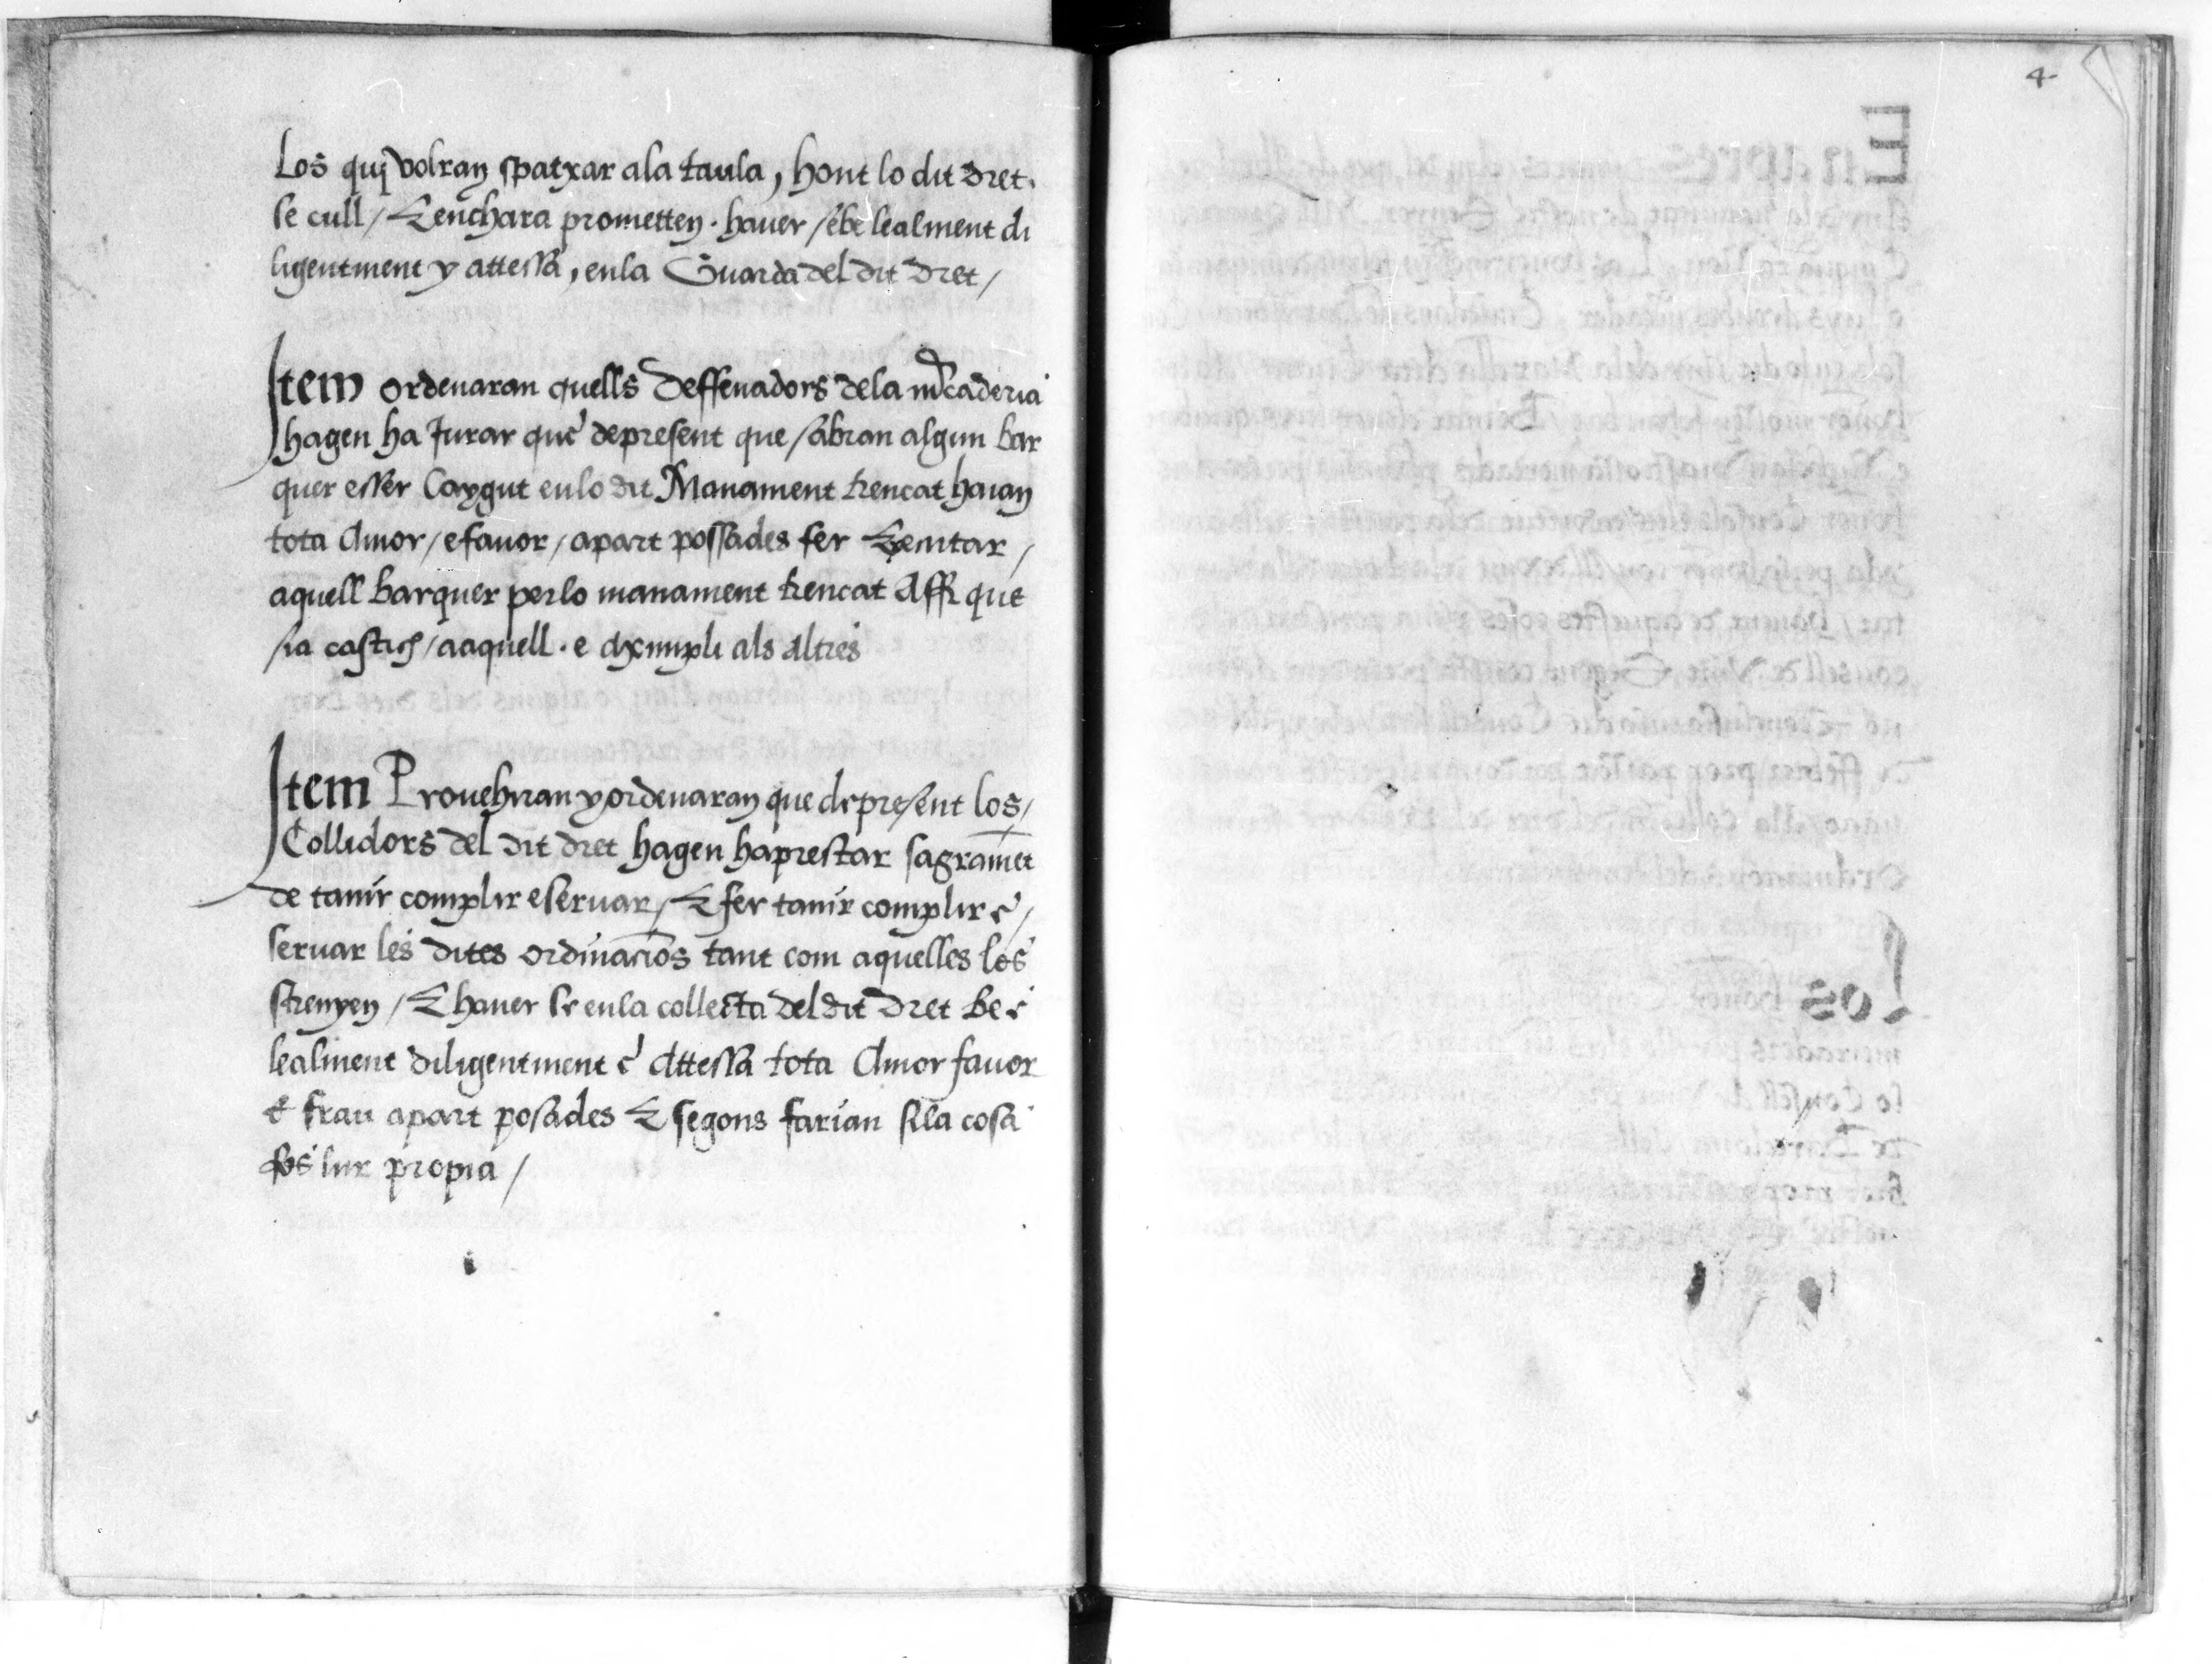
Shelfmark: Paris, BnF, esp. 548
Century: 16